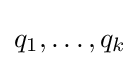
q_{1},\ldots ,q_{k}